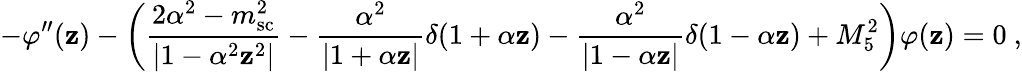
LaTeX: -\varphi^{\prime\prime}(\mathbf{z})-\left(\frac{{2\alpha^{2}-m_{\mathrm{{sc}}}^{2}}}{{|1-\alpha^{2}\mathbf{z}^{2}|}}-\frac{{\alpha^{2}}}{{|1+\alpha\mathbf{z}|}}\delta(1+\alpha\mathbf{z})-\frac{{\alpha^{2}}}{{|1-\alpha\mathbf{z}|}}\delta(1-\alpha\mathbf{z})+M_{5}^{2}\right)\varphi(\mathbf{z})=0~,